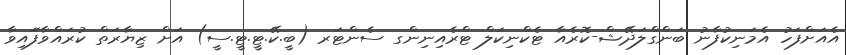
އެއަށްފަހު އެމަނިކުފާނު ބަންގްލަދޭޝް-ކޮރެއާ ޓެކްނިކަލް ޓްރެއިނިންގ ސެންޓަރ (ބީ.ކޭ.ޓީ.ޓީ.ސީ) އަށް ޒިޔާރަތް ކުރައްވާފަައިވާ